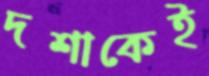
দশাকেই